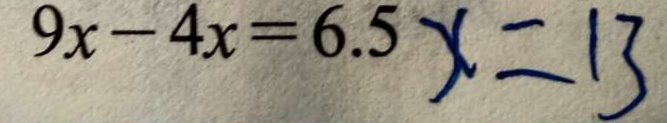
9 x - 4 x = 6 . 5 x = 1 3